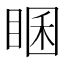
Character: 𥇘